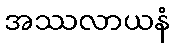
အဿလာယနံ